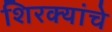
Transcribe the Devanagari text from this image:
शिरक्यांचे